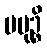
ပမုဉ္စိ